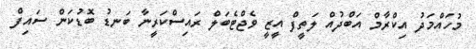
މުހައްމަދު އިކްރާމް އަބްދުއް ލަތީފް އީޒީ ވެޖްޓެބަލް ރައިސްކަރީނާ ބަނޑު ބޮޑުކަން ސައިފް